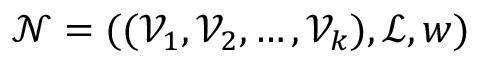
\mathcal { N } = ( ( \mathcal { V } _ { 1 } , \mathcal { V } _ { 2 } , \ldots , \mathcal { V } _ { k } ) , \mathcal { L } , w )